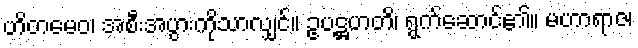
ဟိတမေဝ၊ အစီးအပွားကိုသာလျှင်။ ဥပဋ္ဌဟတိ၊ ရွက်ဆောင်၏။ မဟာရာဇ၊